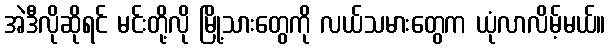
အဲဒီလိုဆိုရင် မင်းတို့လို မြို့သားတွေကို လယ်သမားတွေက ယုံလာလိမ့်မယ်။